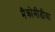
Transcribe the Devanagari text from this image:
मैक्रोमीडीया